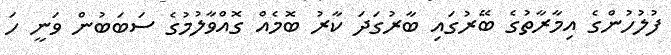
ފުލުހުންގެ އިމާރާތުގެ ބޭރުގައި ބާރުގަދަ ކާރު ބޮމެއް ގޮއްވާލުމުގެ ސަބަބުން ވަނީ ހަ